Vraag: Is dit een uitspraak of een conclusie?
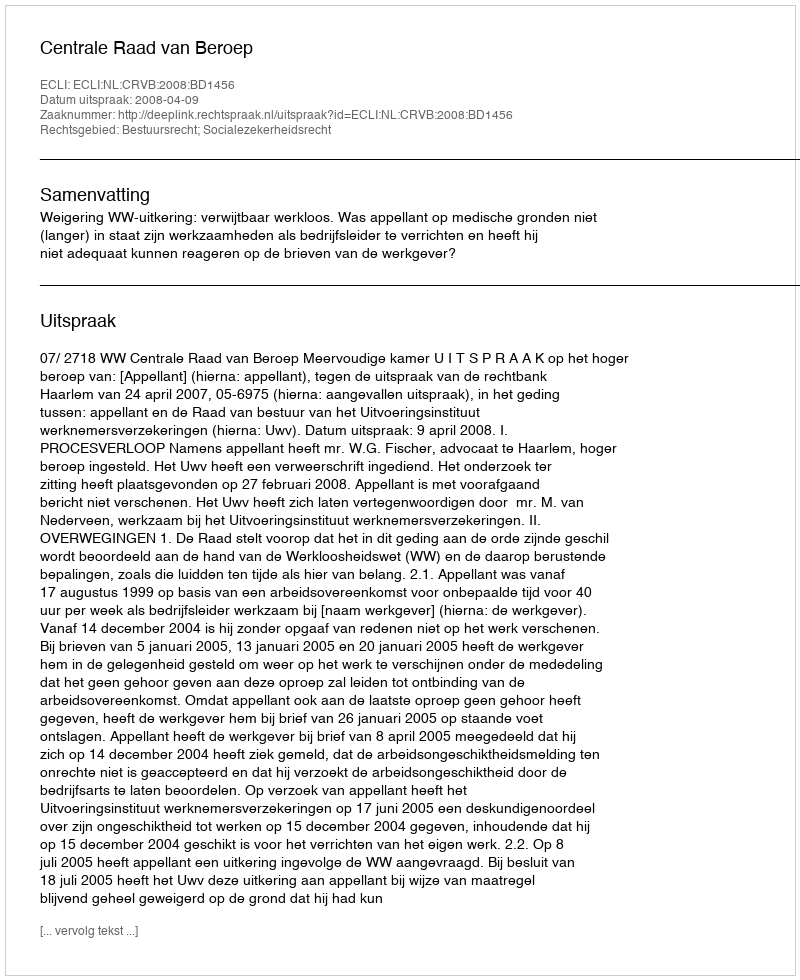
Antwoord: Uitspraak